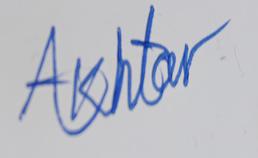
Signature authenticity: forged